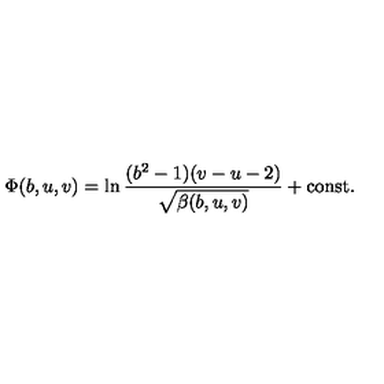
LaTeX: \Phi ( b , u , v ) = \ln \frac { ( b ^ { 2 } - 1 ) ( v - u - 2 ) } { \sqrt { \beta ( b , u , v ) } } + \mathrm { c o n s t . }